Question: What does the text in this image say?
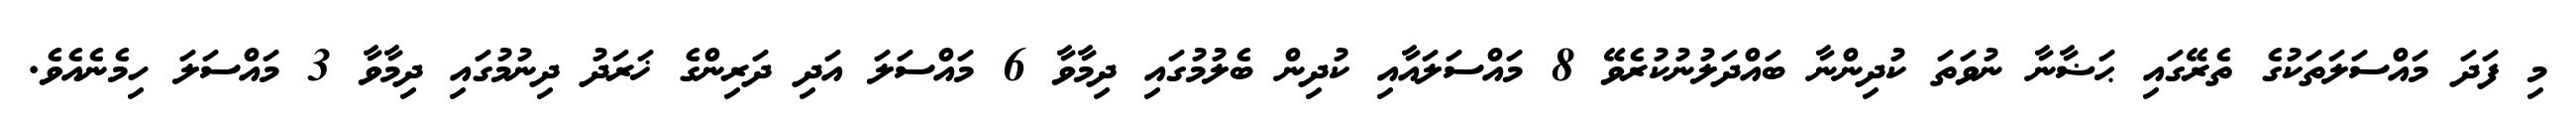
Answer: މި ފަދަ މައްސަލަތަކުގެ ތެރޭގައި ޙަޟާނާ ނުވަތަ ކުދިންނާ ބައްދަލުނުކުރެވޭ 8 މައްސަލައާއި ކުދިން ބެލުމުގައި ދިމާވާ 6 މައްސަލަ އަދި ދަރިންގެ ޚަރަދު ދިނުމުގައި ދިމާވާ 3 މައްސަލަ ހިމެނެއެވެ.